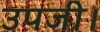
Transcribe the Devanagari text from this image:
उपजी।